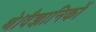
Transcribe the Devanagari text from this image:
थे।वैज्ञानिकों